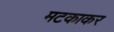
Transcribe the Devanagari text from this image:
मटकाकर